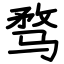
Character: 骛